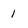
Character: 1